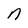
Character: n